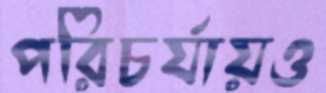
পরিচর্যায়ও